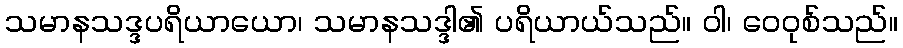
သမာနသဒ္ဒပရိယာယော၊ သမာနသဒ္ဒါ၏ ပရိယာယ်သည်။ ဝါ၊ ဝေဝုစ်သည်။